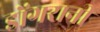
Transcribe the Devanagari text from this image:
डोंगरानी